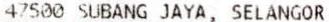
47500 SUBANG JAYA, SELANGOR